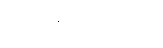
ကိုကိုမျိုးသော်က